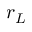
r _ { L }